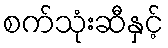
စက်သုံးဆီနှင့်